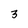
Character: 3